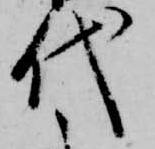
代